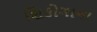
શિકોગાના